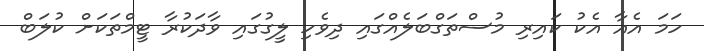
ހަމަ އެއާ އެކު ކައިރި މުސްތަގްބަލެއްގައި ދިވެހި ލީގުގައި ވާދަކުރާ ޓީމްތަކަށް ކުލަބް